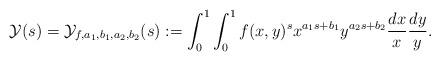
LaTeX: \begin{align*}\mathcal{Y}(s)=\mathcal{Y}_{f,a_1,b_1,a_2,b_2}(s):=\int_0^1 \int_0^1 f(x,y)^s x^{a_1s+b_1} y^{a_2s+b_2} \frac{dx}{x} \frac{dy}{y}.\end{align*}